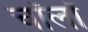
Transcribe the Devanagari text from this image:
चॉलों